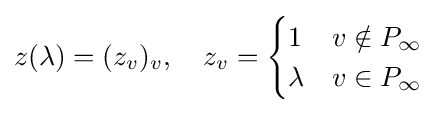
z(\lambda )=(z_{v})_{v},\quad z_{v}={\begin{cases}1&v\notin P_{\infty }\\\lambda &v\in P_{\infty }\end{cases}}